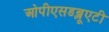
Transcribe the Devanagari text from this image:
ओपीएसडब्लूएटी